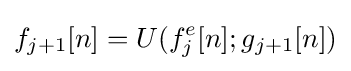
f_{j+1}[n]=U(f_{j}^{e}[n];g_{j+1}[n])